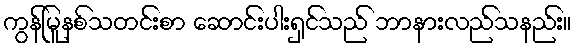
ကွန်မြူနစ်သတင်းစာ ဆောင်းပါးရှင်သည် ဘာနားလည်သနည်း။